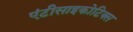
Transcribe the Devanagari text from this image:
एंटीसाइकोटिक्स